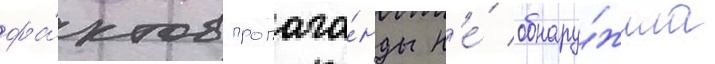
фа́ктов пропага́нды н'е́ обнару́жила